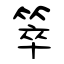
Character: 箤